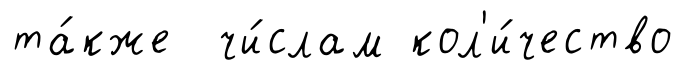
та́кже чи́слам кол'и́чество